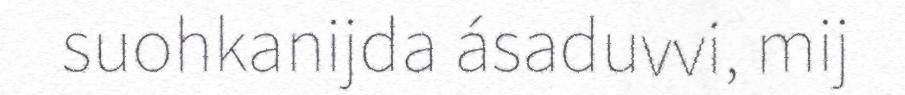
suohkanijda ásaduvvi, mij